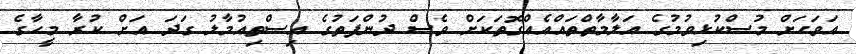
އަވަހަށް މުސްކުޅިވުމުގެ އަލާމާތްތައްއެއްގޮތަކަށް ވެސް ދުންފަތުގެ އިސްތިއުމާލު ގަދަ އަށް ކުރާ މީހާގެ